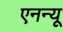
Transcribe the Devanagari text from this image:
एनन्यू